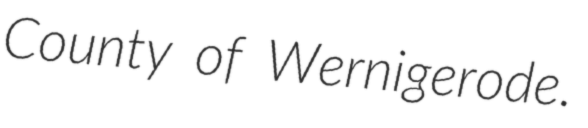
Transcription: County of Wernigerode.